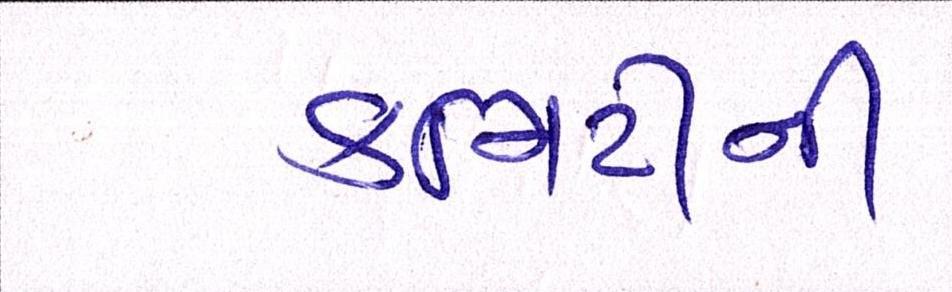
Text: કમિટીની